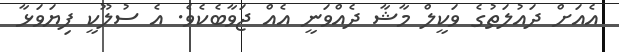
އެއަަށް ދައުލަތުގެ ވަކީލް މާޝާ ދެއްވަނީ އެއް ޖަވާބެކެވެ. އެ ސުލޫކީ ފިޔަވަޅާ